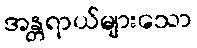
အန္တရာယ်များသော